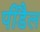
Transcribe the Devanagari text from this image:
पीडैल